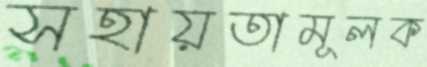
সহায়তামূলক